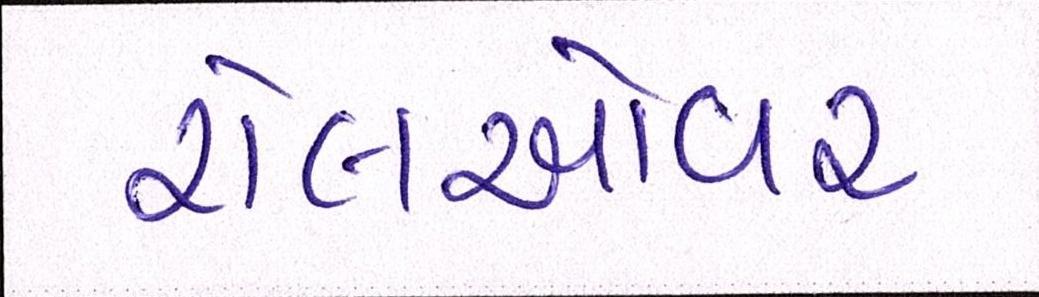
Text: રોલઓવર